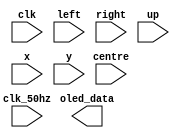
`timescale 1ns / 1ps
//////////////////////////////////////////////////////////////////////////////////
// Company: 
// Engineer: 
// 
// Design Name: 
// Module Name: tap_tap
// Project Name: 
// Target Devices: 
// Tool Versions: 
// Description: 
// 
// Dependencies: 
// 
// Revision:
// Revision 0.01 - File Created
// Additional Comments:
// 
//////////////////////////////////////////////////////////////////////////////////


module tap_tap(
    input clk,
    input clk_50hz,
    input left,
    input centre,
    input right,
    input up,
    input [6:0] x,
    input [5:0] y,
    output [15:0] oled_data
    );
    
    
endmodule